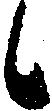
候